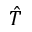
\hat { T }